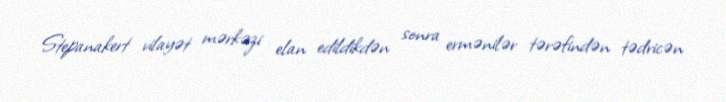
Stepanakert vilayət mərkəzi elan edildikdən sonra ermənilər tərəfindən tədricən